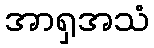
အာရှအသံ